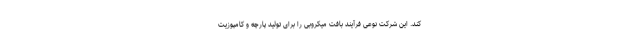
کند. این شرکت نوعی فرآیند بافت میکروبی را برای تولید پارچه و کامپوزیت